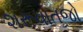
શરૂવાતજો